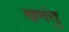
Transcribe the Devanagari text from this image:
खमंतु